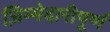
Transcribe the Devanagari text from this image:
ज़िम्मेदारीपूर्ण